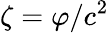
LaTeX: \zeta=\varphi/c^{2}